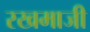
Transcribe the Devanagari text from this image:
रखमाजी